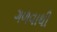
ગળવાથી